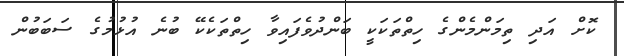
ކޮށް އަދި ތިމަންމެންގެ ހިތްތަކަކީ ބަންދުވެފައިވާ ހިތްތަކެކޭ ބުނެ އުޅުމުގެ ސަަބަބުން